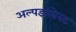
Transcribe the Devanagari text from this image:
अल्पइनवेस्ट